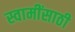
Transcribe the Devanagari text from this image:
स्वामींसाठी